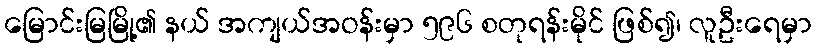
မြောင်းမြမြို့၏ နယ် အကျယ်အဝန်းမှာ ၅၉၆ စတုရန်းမိုင် ဖြစ်၍၊ လူဦးရေမှာ